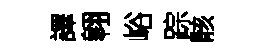
譯翱峪踪骸